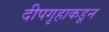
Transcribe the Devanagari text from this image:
दीपगृहाकडून